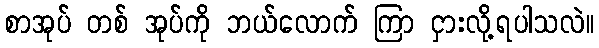
စာအုပ် တစ် အုပ်ကို ဘယ်လောက် ကြာ ငှားလို့ရပါသလဲ။